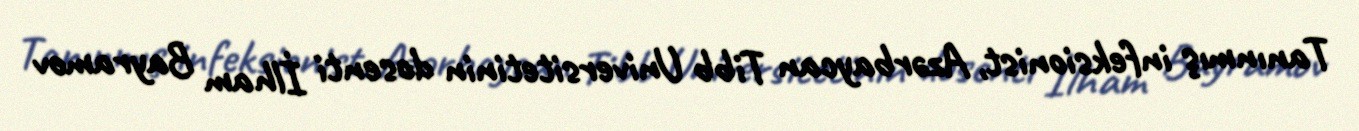
Tanınmış infeksionist, Azərbaycan Tibb Universitetinin dosenti İlham Bayramov